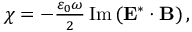
\begin{array} { r } { \chi = - \frac { \varepsilon _ { 0 } \omega } { 2 } \operatorname { I m } \left( \mathbf { E } ^ { * } \cdot \mathbf { B } \right) , } \end{array}